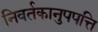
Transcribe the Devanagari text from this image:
निवर्तकानुपपत्ति